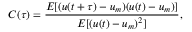
C ( \tau ) = \frac { E [ ( u ( t + \tau ) - u _ { m } ) ( u ( t ) - u _ { m } ) ] } { E [ ( u ( t ) - u _ { m } ) ^ { 2 } ] } ,